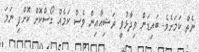
ނެތް ކަމަށެވެ. ބައިޑަން ވިދާޅުވީ ރަޝިއާއިން ވެސް ކަމެއް ގޯސްކޮށް ކޮށްފި ނަމަ